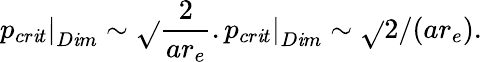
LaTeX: \left.p_{cr\mathit{i}t}\right|_{D\mathit{i}m}\sim\sqrt{}{{\frac{{2}}{{ar_{e}}}}}.\left.p_{cr\mathit{i}t}\right|_{D\mathit{i}m}\sim\sqrt{}{{2/({ar_{e}})}}.